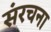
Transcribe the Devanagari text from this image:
संंरचना